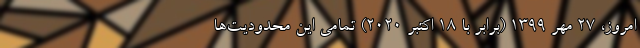
امروز، ۲۷ مهر ۱۳۹۹ (برابر با ۱۸ اکتبر ۲۰۲۰) تمامی این محدودیت­‌ها